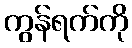
ကွန်ရက်ကို